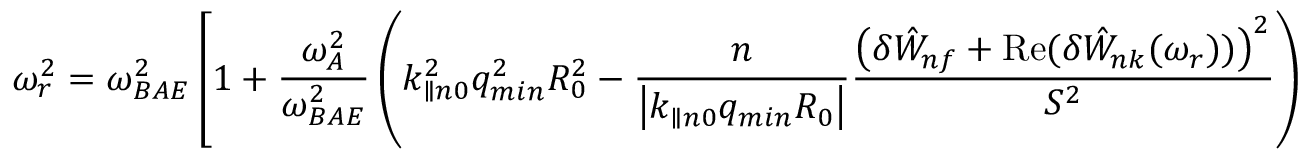
\omega _ { r } ^ { 2 } = \omega _ { B A E } ^ { 2 } \left[ 1 + \frac { \omega _ { A } ^ { 2 } } { \omega _ { B A E } ^ { 2 } } \left( k _ { \parallel n 0 } ^ { 2 } q _ { m i n } ^ { 2 } R _ { 0 } ^ { 2 } - \frac { n } { \left| k _ { \parallel n 0 } q _ { m i n } R _ { 0 } \right| } \frac { \left( \delta { \hat { W } } _ { n f } + \mathrm { R e } ( \delta { \hat { W } } _ { n k } ( \omega _ { r } ) ) \right) ^ { 2 } } { S ^ { 2 } } \right) \right] ,